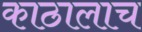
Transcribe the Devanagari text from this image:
काठालाच